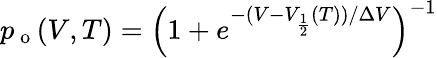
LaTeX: p_{\mathrm{~o~}}(V,T)=\left(1+e^{-(V-V_{\frac{1}{2}}(T))/\Delta V}\right)^{-1}